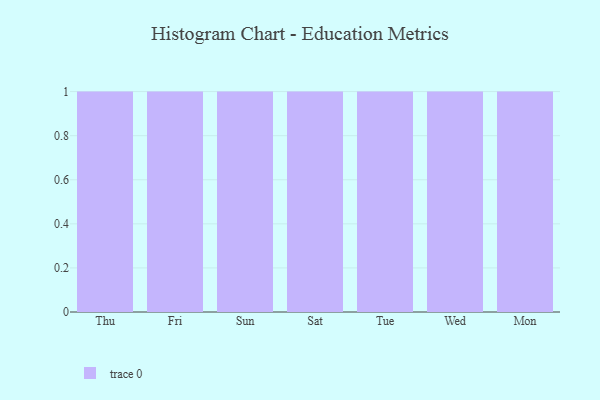
{"axis": {"x": "Day", "y": "Operating Costs (USD K)"}, "legend": [""], "data": [{"x": "Thu", "y": 79, "type": ""}, {"x": "Fri", "y": 14, "type": ""}, {"x": "Sun", "y": 73, "type": ""}, {"x": "Sat", "y": 19, "type": ""}, {"x": "Tue", "y": 34, "type": ""}, {"x": "Wed", "y": 41, "type": ""}, {"x": "Mon", "y": 76, "type": ""}]}